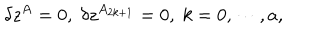
\delta z ^ { A } = 0 , \; \delta z ^ { A _ { 2 k + 1 } } = 0 , \; k = 0 , \cdots , a ,